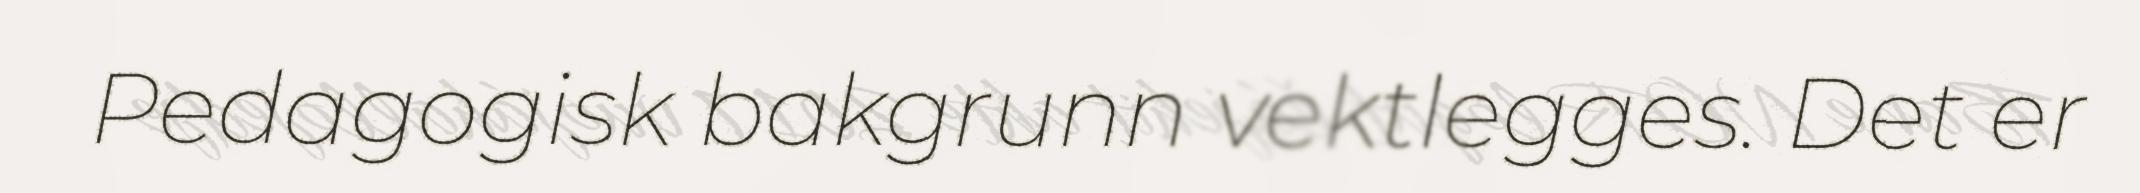
Pedagogisk bakgrunn vektlegges. Det er